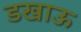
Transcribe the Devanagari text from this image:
डखाऊ